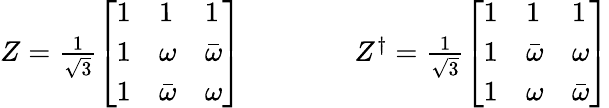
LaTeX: \begin{array}{r}{Z=\frac{1}{\sqrt{3}}\left[\begin{array}{lll}{1}&{1}&{1}\\ {1}&{\omega}&{\bar{\omega}}\\ {1}&{\bar{\omega}}&{\omega}\end{array}\right]\qquad\qquad Z^{\dagger}=\frac{1}{\sqrt{3}}\left[\begin{array}{lll}{1}&{1}&{1}\\ {1}&{\bar{\omega}}&{\omega}\\ {1}&{\omega}&{\bar{\omega}}\end{array}\right]}\end{array}